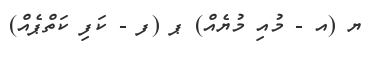
ޔ (އ - މުއި މުޔެއް) ޕ (ފ - ކަފި ކަތްޕެއް)